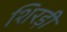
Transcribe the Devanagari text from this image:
शिरड़ी